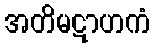
အတိမဋာဟကံ